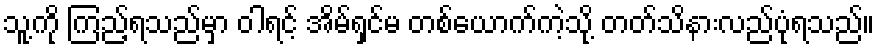
သူ့ကို ကြည့်ရသည်မှာ ဝါရင့် အိမ်ရှင်မ တစ်ယောက်ကဲ့သို့ တတ်သိနားလည်ပုံရသည်။